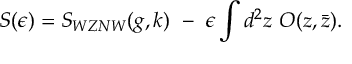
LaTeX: S ( \epsilon ) = S _ { W Z N W } ( g , k ) ~ - ~ \epsilon \int d ^ { 2 } z ~ O ( z , \bar { z } ) .